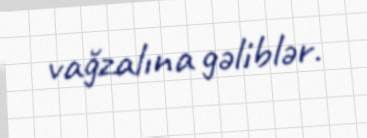
vağzalına gəliblər.